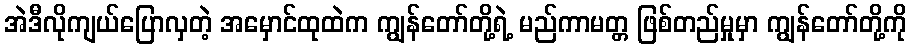
အဲဒီလိုကျယ်ပြောလှတဲ့ အမှောင်ထုထဲက ကျွန်တော်တို့ရဲ့ မည်ကာမတ္တ ဖြစ်တည်မှုမှာ ကျွန်တော်တို့ကို